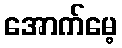
အောက်မေ့